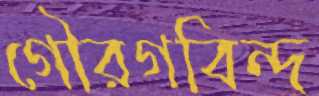
গৌরগবিন্দ